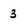
Character: 3